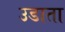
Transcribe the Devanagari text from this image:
उडाता